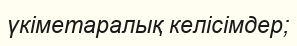
үкіметаралық келісімдер;